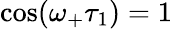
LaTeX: \cos(\omega_{+}\tau_{1})=1